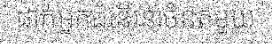
ដាក់អ្នកដំនើរនាចំនតមួយ